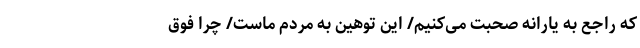
که راجع ‌به یارانه صحبت می‌کنیم/ این توهین به مردم ماست/ چرا فوق‌